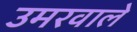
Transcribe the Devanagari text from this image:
उमरवाले